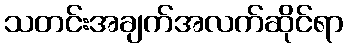
သတင်းအချက်အလက်ဆိုင်ရာ